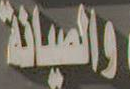
والصيانة